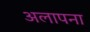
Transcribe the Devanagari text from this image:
अलापना